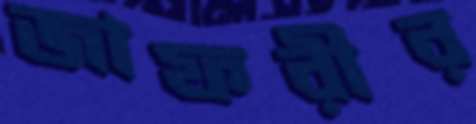
জাফরীর